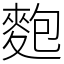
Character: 麭